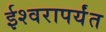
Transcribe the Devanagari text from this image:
ईश्वरापर्यंत